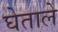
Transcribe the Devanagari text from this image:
घेताले